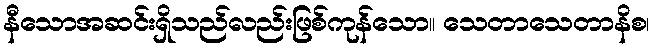
နီသောအဆင်းရှိသည်လည်းဖြစ်ကုန်သော။ သေတာသေတာနိစ၊